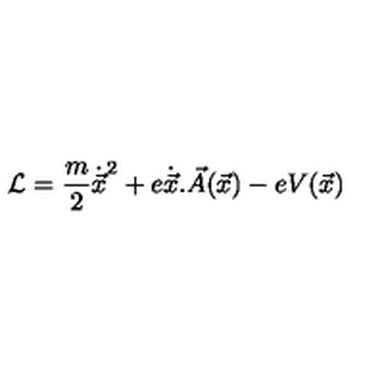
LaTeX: { \cal { L } } = \frac { m } { 2 } { \dot { \vec { x } } } ^ { 2 } + e \dot { \vec { x } } . \vec { A } ( \vec { x } ) - e V ( \vec { x } )